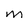
Character: M